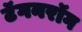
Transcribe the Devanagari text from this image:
टॅगनरॉग